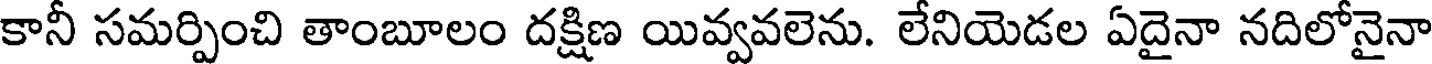
కానీ సమర్పించి తాంబూలం దక్షిణ యివ్వవలెను. లేనియెడల ఏదైనా నదిలోనైనా